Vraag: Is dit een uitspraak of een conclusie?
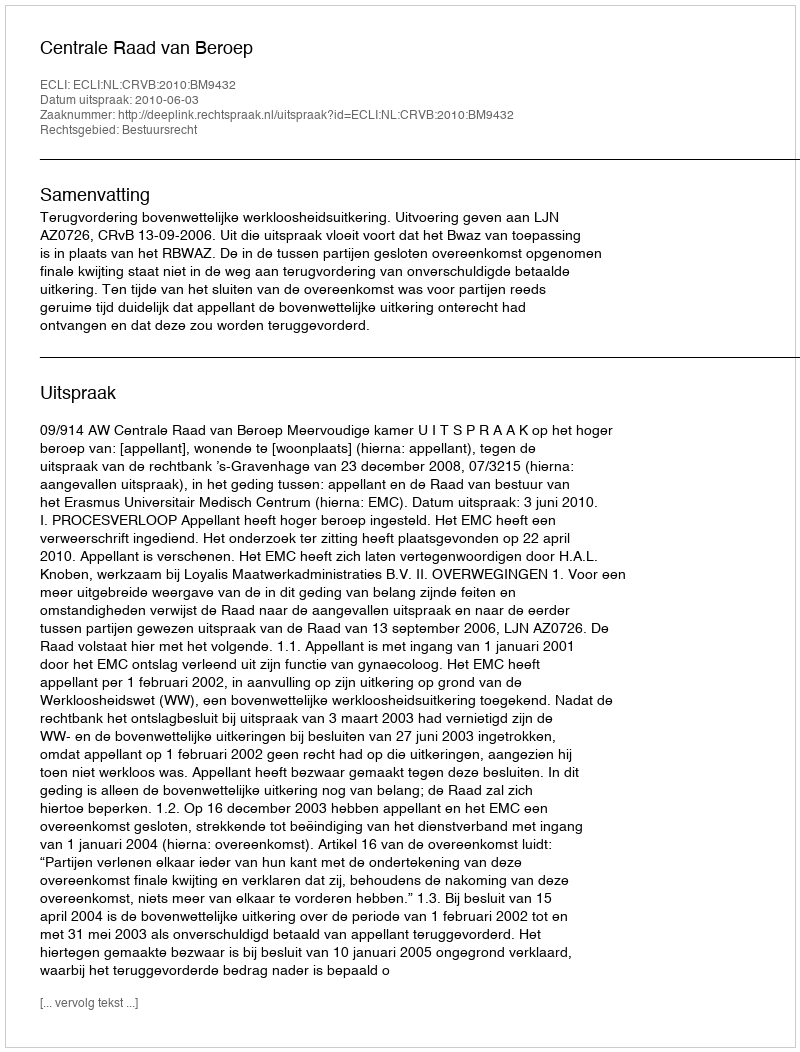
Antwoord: Uitspraak